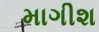
માગીશ